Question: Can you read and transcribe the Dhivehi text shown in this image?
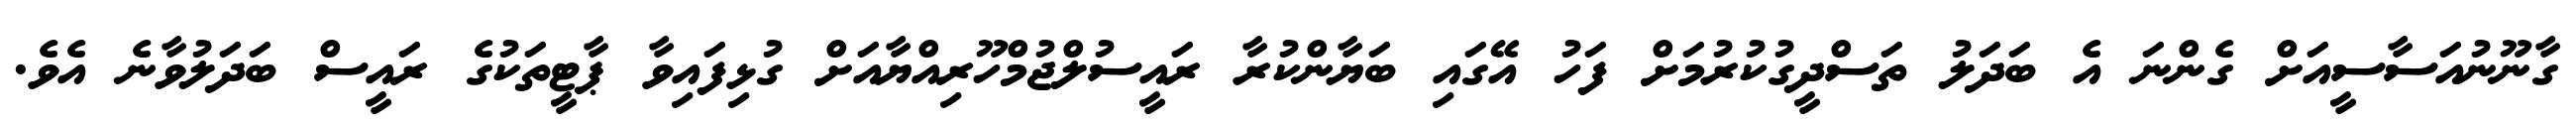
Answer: ގާނޫނުއަސާސީއަށް ގެންނަ އެ ބަދަލު ތަސްދީގުކުރުމަށް ފަހު އޭގައި ބަޔާންކުރާ ރައީސުލްޖުމްހޫރިއްޔާއަށް ގުޅިފައިވާ ޕާޓީތަކުގެ ރައީސް ބަދަލުވާނެ އެވެ.